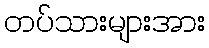
တပ်သားများအား